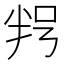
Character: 𠲑